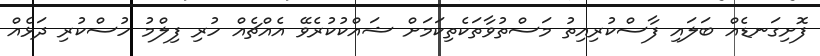
ފޮށިގަނޑެއް ބަލައި ފާސްކުރިއިތު މަސްތުވާތަކެތިކަމަށް ޝައްކުކުރެވޭ އެއްޗެއް ހުރި ފިލްމު ހުސްކުރި ދަޅެއް